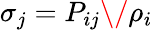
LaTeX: \sigma_{j}=P_{ij}\/ \rho_{i}